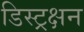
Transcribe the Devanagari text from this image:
डिस्ट्रक्षन